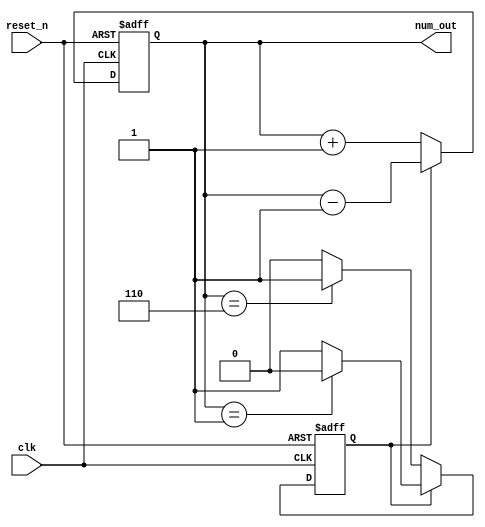
/*
    Wang Nengzhi
    U201713082
    SES1701
*/

module bi_direction_counter_8
(
    input       clk,            // clock signal
    input       reset_n,        // reset_n signal, 0 is effect
    output reg  [2:0] num_out   // num output
);
    reg M;                      // 0: num++; 1: num--

    always @(posedge clk or negedge reset_n)
    begin
        if (~reset_n)
        begin
            num_out <= 3'b000;
            M <= 1'b0;
        end
        else if (M == 1'b0)
        begin
            num_out <= num_out + 3'b001;
            if (num_out == 3'b110)
                M <= 1'b1;
            else
                M <= 1'b0;
        end
        else if (M == 1'b1)
        begin
            num_out <= num_out - 3'b001;
            if (num_out == 3'b001)
                M <= 1'b0;
            else
                M <= 1'b1;
        end
    end
endmodule